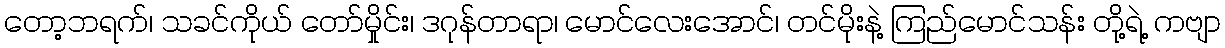
တော့ဘရက်၊ သခင်ကိုယ် တော်မှိုင်း၊ ဒဂုန်တာရာ၊ မောင်လေးအောင်၊ တင်မိုးနဲ့ ကြည်မောင်သန်း တို့ရဲ့ ကဗျာ